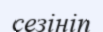
сезініп